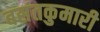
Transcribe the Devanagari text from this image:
बसंतकुमारी